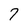
Character: 7